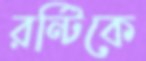
রন্টিকে